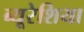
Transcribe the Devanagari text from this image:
ब्यूरेशिया